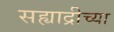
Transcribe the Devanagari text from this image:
सह्याद्रीच्‍या